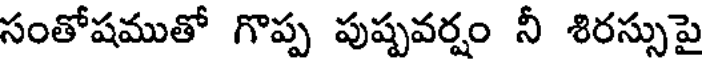
సంతోషముతో గొప్ప పుష్పవర్షం నీ శిరస్సుపై